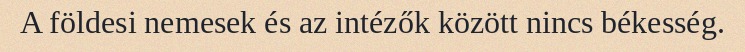
A földesi nemesek és az intézők között nincs békesség.